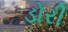
ડોરી